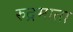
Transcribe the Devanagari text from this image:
रुद्रमाता